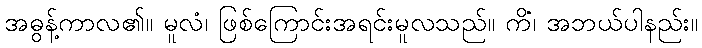
အဓွန့်ကာလ၏။ မူလံ၊ ဖြစ်ကြောင်းအရင်းမူလသည်။ ကိံ၊ အဘယ်ပါနည်း။